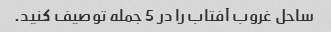
ساحل غروب آفتاب را در 5 جمله توصیف کنید.